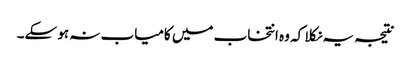
نتیجہ یہ نکلا کہ وہ انتخاب میں کامیاب نہ ہو سکے۔